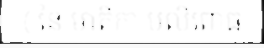
( នៃ មាតិកា បលិពោធ